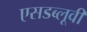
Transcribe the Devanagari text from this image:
एसडब्लूवी